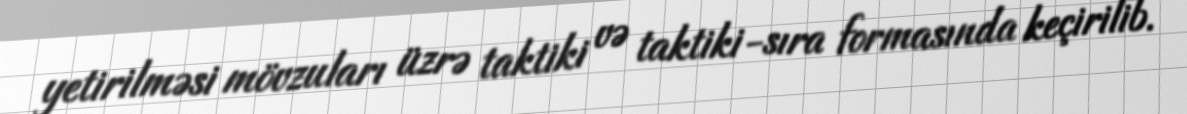
yetirilməsi mövzuları üzrə taktiki və taktiki-sıra formasında keçirilib.